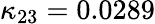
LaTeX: \kappa_{23}=0.0289